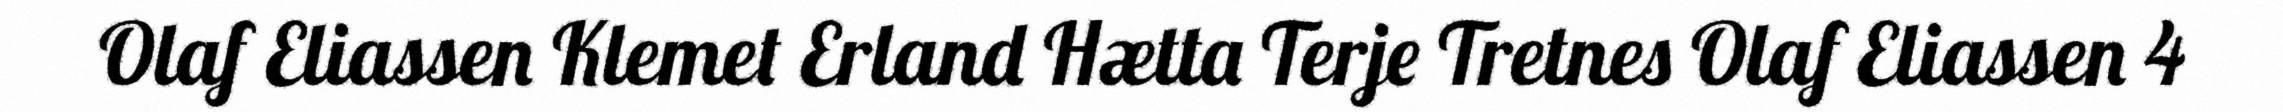
Olaf Eliassen Klemet Erland Hætta Terje Tretnes Olaf Eliassen 4